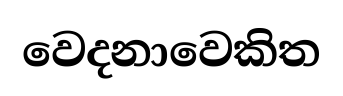
වෙදනාවෙකිත